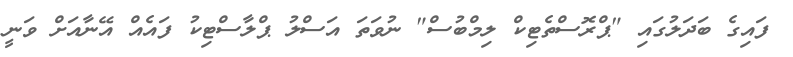
ފައިގެ ބަދަލުގައި "ޕްރޮސްތެޓިކް ލިމްބުސް" ނުވަތަ އަސްލު ޕްލާސްޓިކު ފައެއް އޭނާއަށް ވަނީ